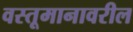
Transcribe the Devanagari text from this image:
वस्तूमानावरील